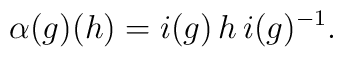
\alpha(g)(h)   =  i(g)\, h \, i(g)^{-1} .